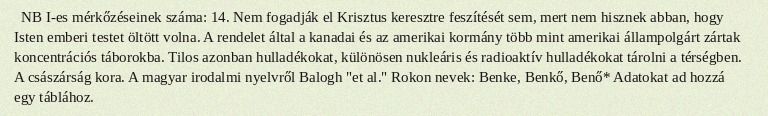
NB I-es mérkőzéseinek száma: 14. Nem fogadják el Krisztus keresztre feszítését sem, mert nem hisznek abban, hogy Isten emberi testet öltött volna. A rendelet által a kanadai és az amerikai kormány több mint amerikai állampolgárt zártak koncentrációs táborokba. Tilos azonban hulladékokat, különösen nukleáris és radioaktív hulladékokat tárolni a térségben. A császárság kora. A magyar irodalmi nyelvről Balogh "et al." Rokon nevek: Benke, Benkő, Benő* Adatokat ad hozzá egy táblához.